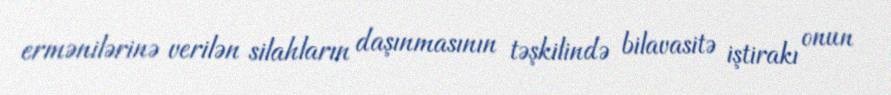
ermənilərinə verilən silahların daşınmasının təşkilində bilavasitə iştirakı onun